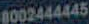
8002444445